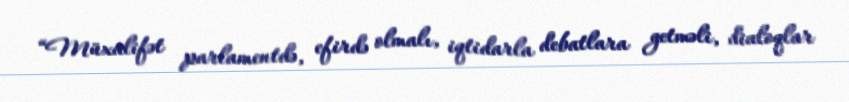
“Müxalifət parlamentdə, efirdə olmalı, iqtidarla debatlara getməli, dialoqlar